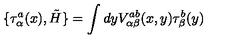
\{ \tau _ { \alpha } ^ { a } ( x ) , \tilde { H } \} = \int d y V _ { \alpha \beta } ^ { a b } ( x , y ) \tau _ { \beta } ^ { b } ( y )